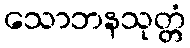
သောဘနသုတ္တံ